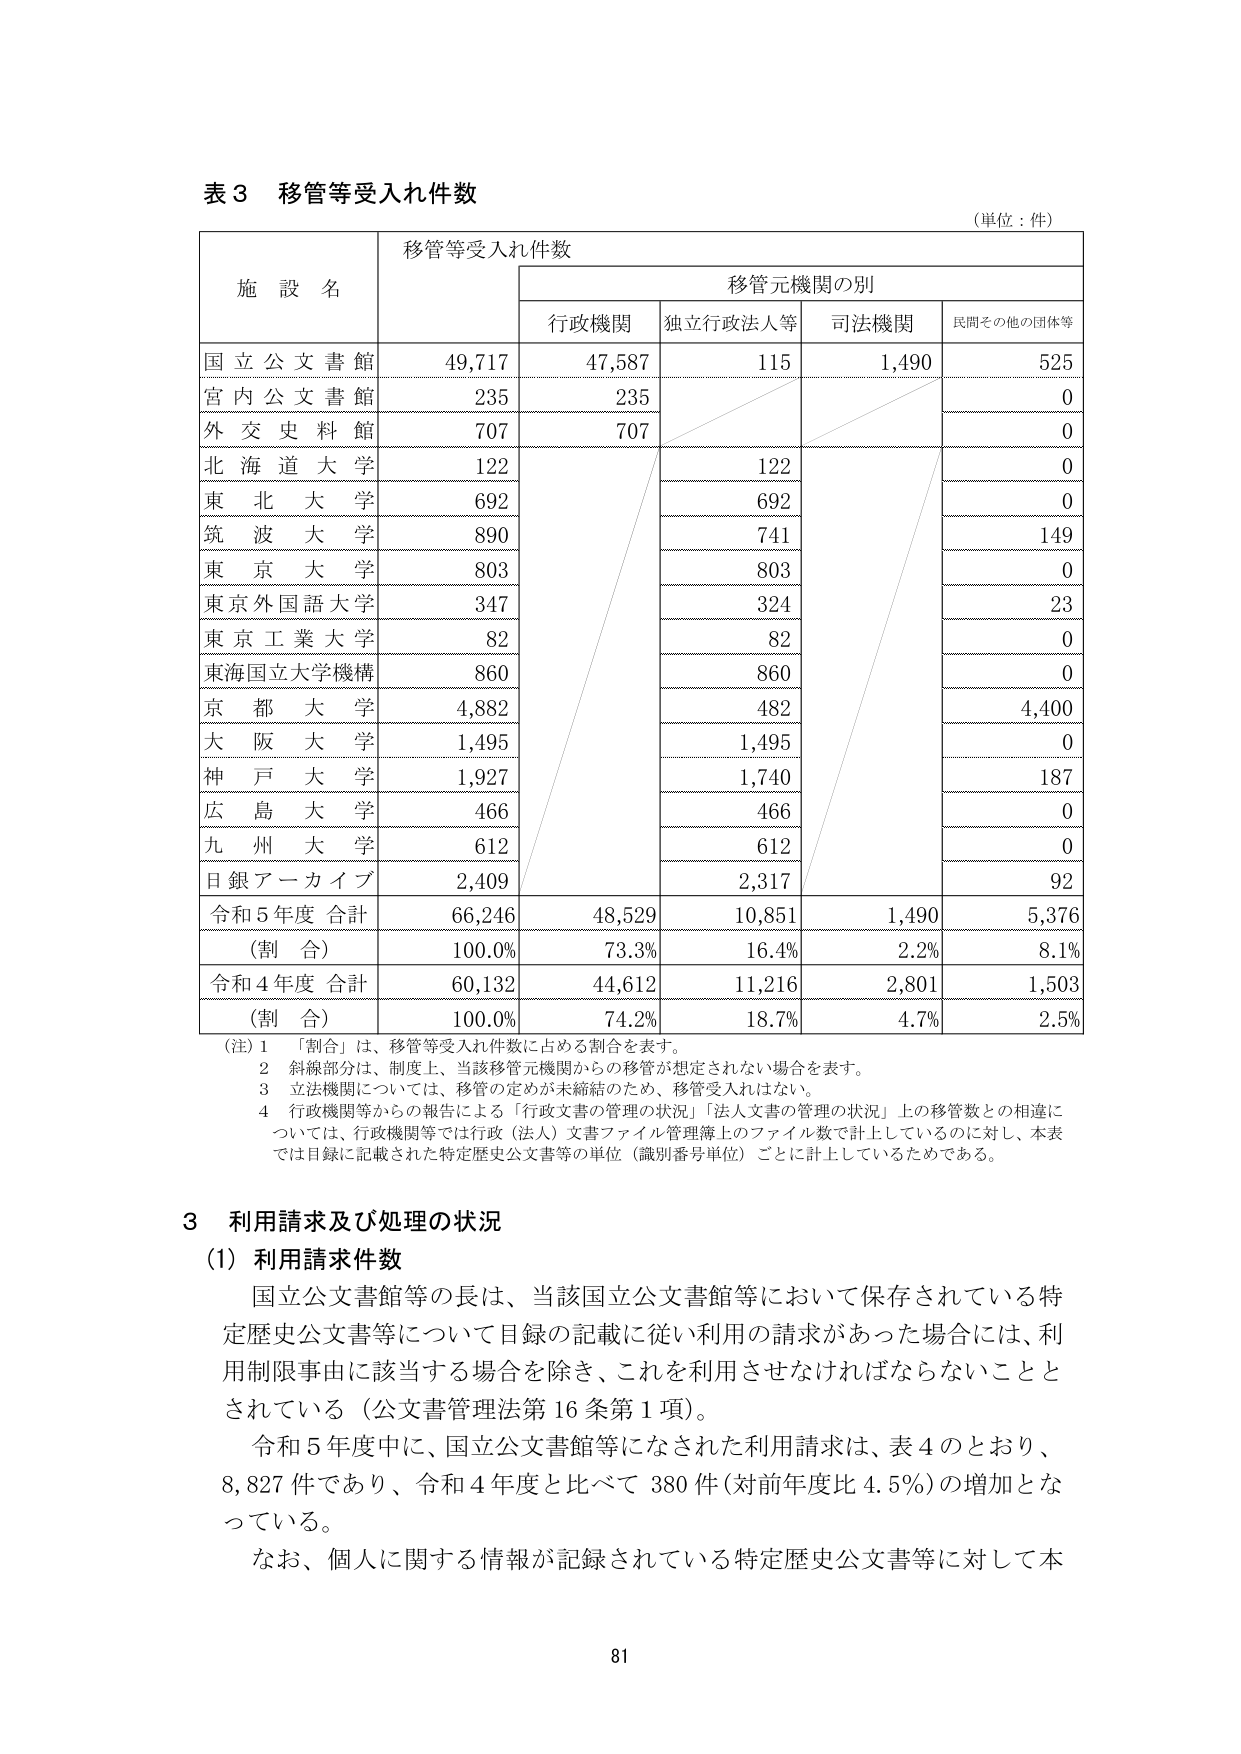
表３ 移管等受入れ件数
（単位：件）

施設名 移管等受入れ件数
　　　　　　移管元機関の別
　　　　　　行政機関 独立行政法人等 司法機関 民間その他の団体等

国立公文書館 49,717 47,587 115 1,490 525
宮内公文書館 235 235 0
外交史料館 707 707 0
北海道大学 122 122 0
東北大学 692 692 0
筑波大学 890 741 149
東京大学 803 803 0
東京外国語大学 347 324 23
東京工業大学 82 82 0
東海国立大学機構 860 860 0
京都大学 4,882 482 4,400
大阪大学 1,495 1,495 0
神戸大学 1,927 1,740 187
広島大学 466 466 0
九州大学 612 612 0
日銀アーカイブ 2,409 2,317 92
令和５年度 合計 66,246 48,529 10,851 1,490 5,376
（割合） 100.0% 73.3% 16.4% 2.2% 8.1%
令和４年度 合計 60,132 44,612 11,216 2,801 1,503
（割合） 100.0% 74.2% 18.7% 4.7% 2.5%

（注）１ 「割合」は、移管等受入れ件数に占める割合を表す。
　　　２ 斜線部分は、制度上、当該移管元機関からの移管が想定されない場合を表す。
　　　３ 立法機関については、移管の定めが未締結のため、移管受入れはない。
　　　４ 行政機関等からの報告による「行政文書の管理の状況」「法人文書の管理の状況」上の移管数との相違に
　　　　ついては、行政機関等では行政（法人）文書ファイル管理簿上のファイル数で計上しているのに対し、本表
　　　　では目録に記載された特定歴史公文書等の単位（識別番号単位）ごとに計上しているためである。

３ 利用請求及び処理の状況
（1）利用請求件数
　国立公文書館等の長は、当該国立公文書館等において保存されている特定歴史公文書等について目録の記載に従い利用の請求があった場合には、利用制限事由に該当する場合を除き、これを利用させなければならないこととされている（公文書管理法第16条第1項）。
　令和５年度中に、国立公文書館等になされた利用請求は、表４のとおり、8,827件であり、令和４年度と比べて380件（対前年度比4.5％）の増加となっている。
　なお、個人に関する情報が記録されている特定歴史公文書等に対して本

81